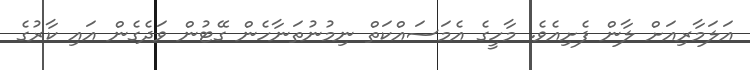
އަލަމާރިއަށް ލާން ފެށިއެވެ. މާހީގެ އެމަސައްކަތް ނިމުނުތަނާހެން ގޭޓުން ވަދެގެން އައި ކާރުގެ